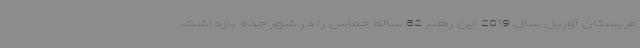
عربستان آوریل سال 2019 این رهبر 82 ساله حماس را در شهر جده بازداشت